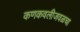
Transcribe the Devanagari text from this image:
कणकवलीजवळचा